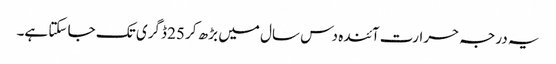
یہ درجہ حرارت آئندہ دس سال میں بڑھ کر 25 ڈگری تک جا سکتا ہے۔